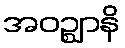
အဝဉ္ဈာနိ